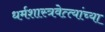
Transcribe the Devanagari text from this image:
धर्मशास्त्रवेत्त्यांच्या